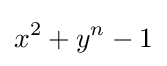
x^{2}+y^{n}-1